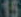
15